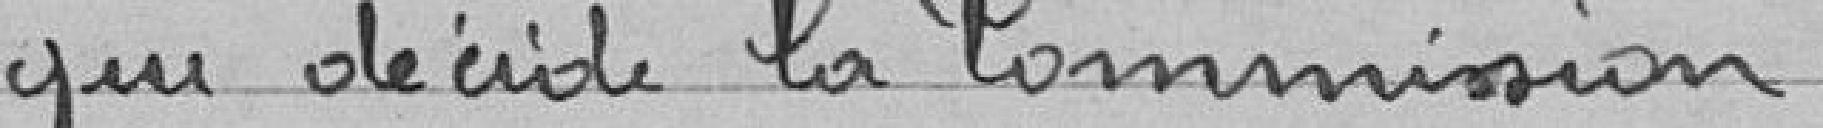
que décide la Commission